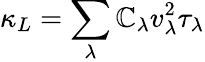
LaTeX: \kappa_{L}=\sum_{\lambda}\mathbb{C}_{\lambda}v_{\lambda}^{2}\tau_{\lambda}